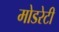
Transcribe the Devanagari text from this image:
मोडरेटी